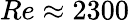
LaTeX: Re\approx 2300